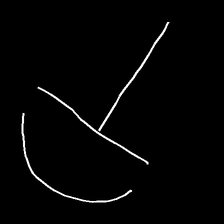
Glyph: dispersion